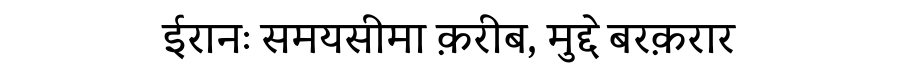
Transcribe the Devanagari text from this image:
ईरानः समयसीमा क़रीब, मुद्दे बरक़रार